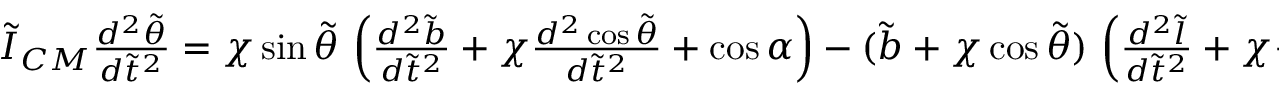
\begin{array} { r } { \tilde { I } _ { C M } \frac { d ^ { 2 } \tilde { \theta } } { d \tilde { t } ^ { 2 } } = \chi \sin \tilde { \theta } \, \left( \frac { d ^ { 2 } \tilde { b } } { d \tilde { t } ^ { 2 } } + \chi \frac { d ^ { 2 } \cos \tilde { \theta } } { d \tilde { t } ^ { 2 } } + \cos \alpha \right) - ( \tilde { b } + \chi \cos \tilde { \theta } ) \, \left( \frac { d ^ { 2 } \tilde { l } } { d \tilde { t } ^ { 2 } } + \chi \frac { d ^ { 2 } \sin \tilde { \theta } } { d \tilde { t } ^ { 2 } } - \sin \alpha \right) \, , } \end{array}